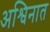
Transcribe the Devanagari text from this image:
अश्विनात